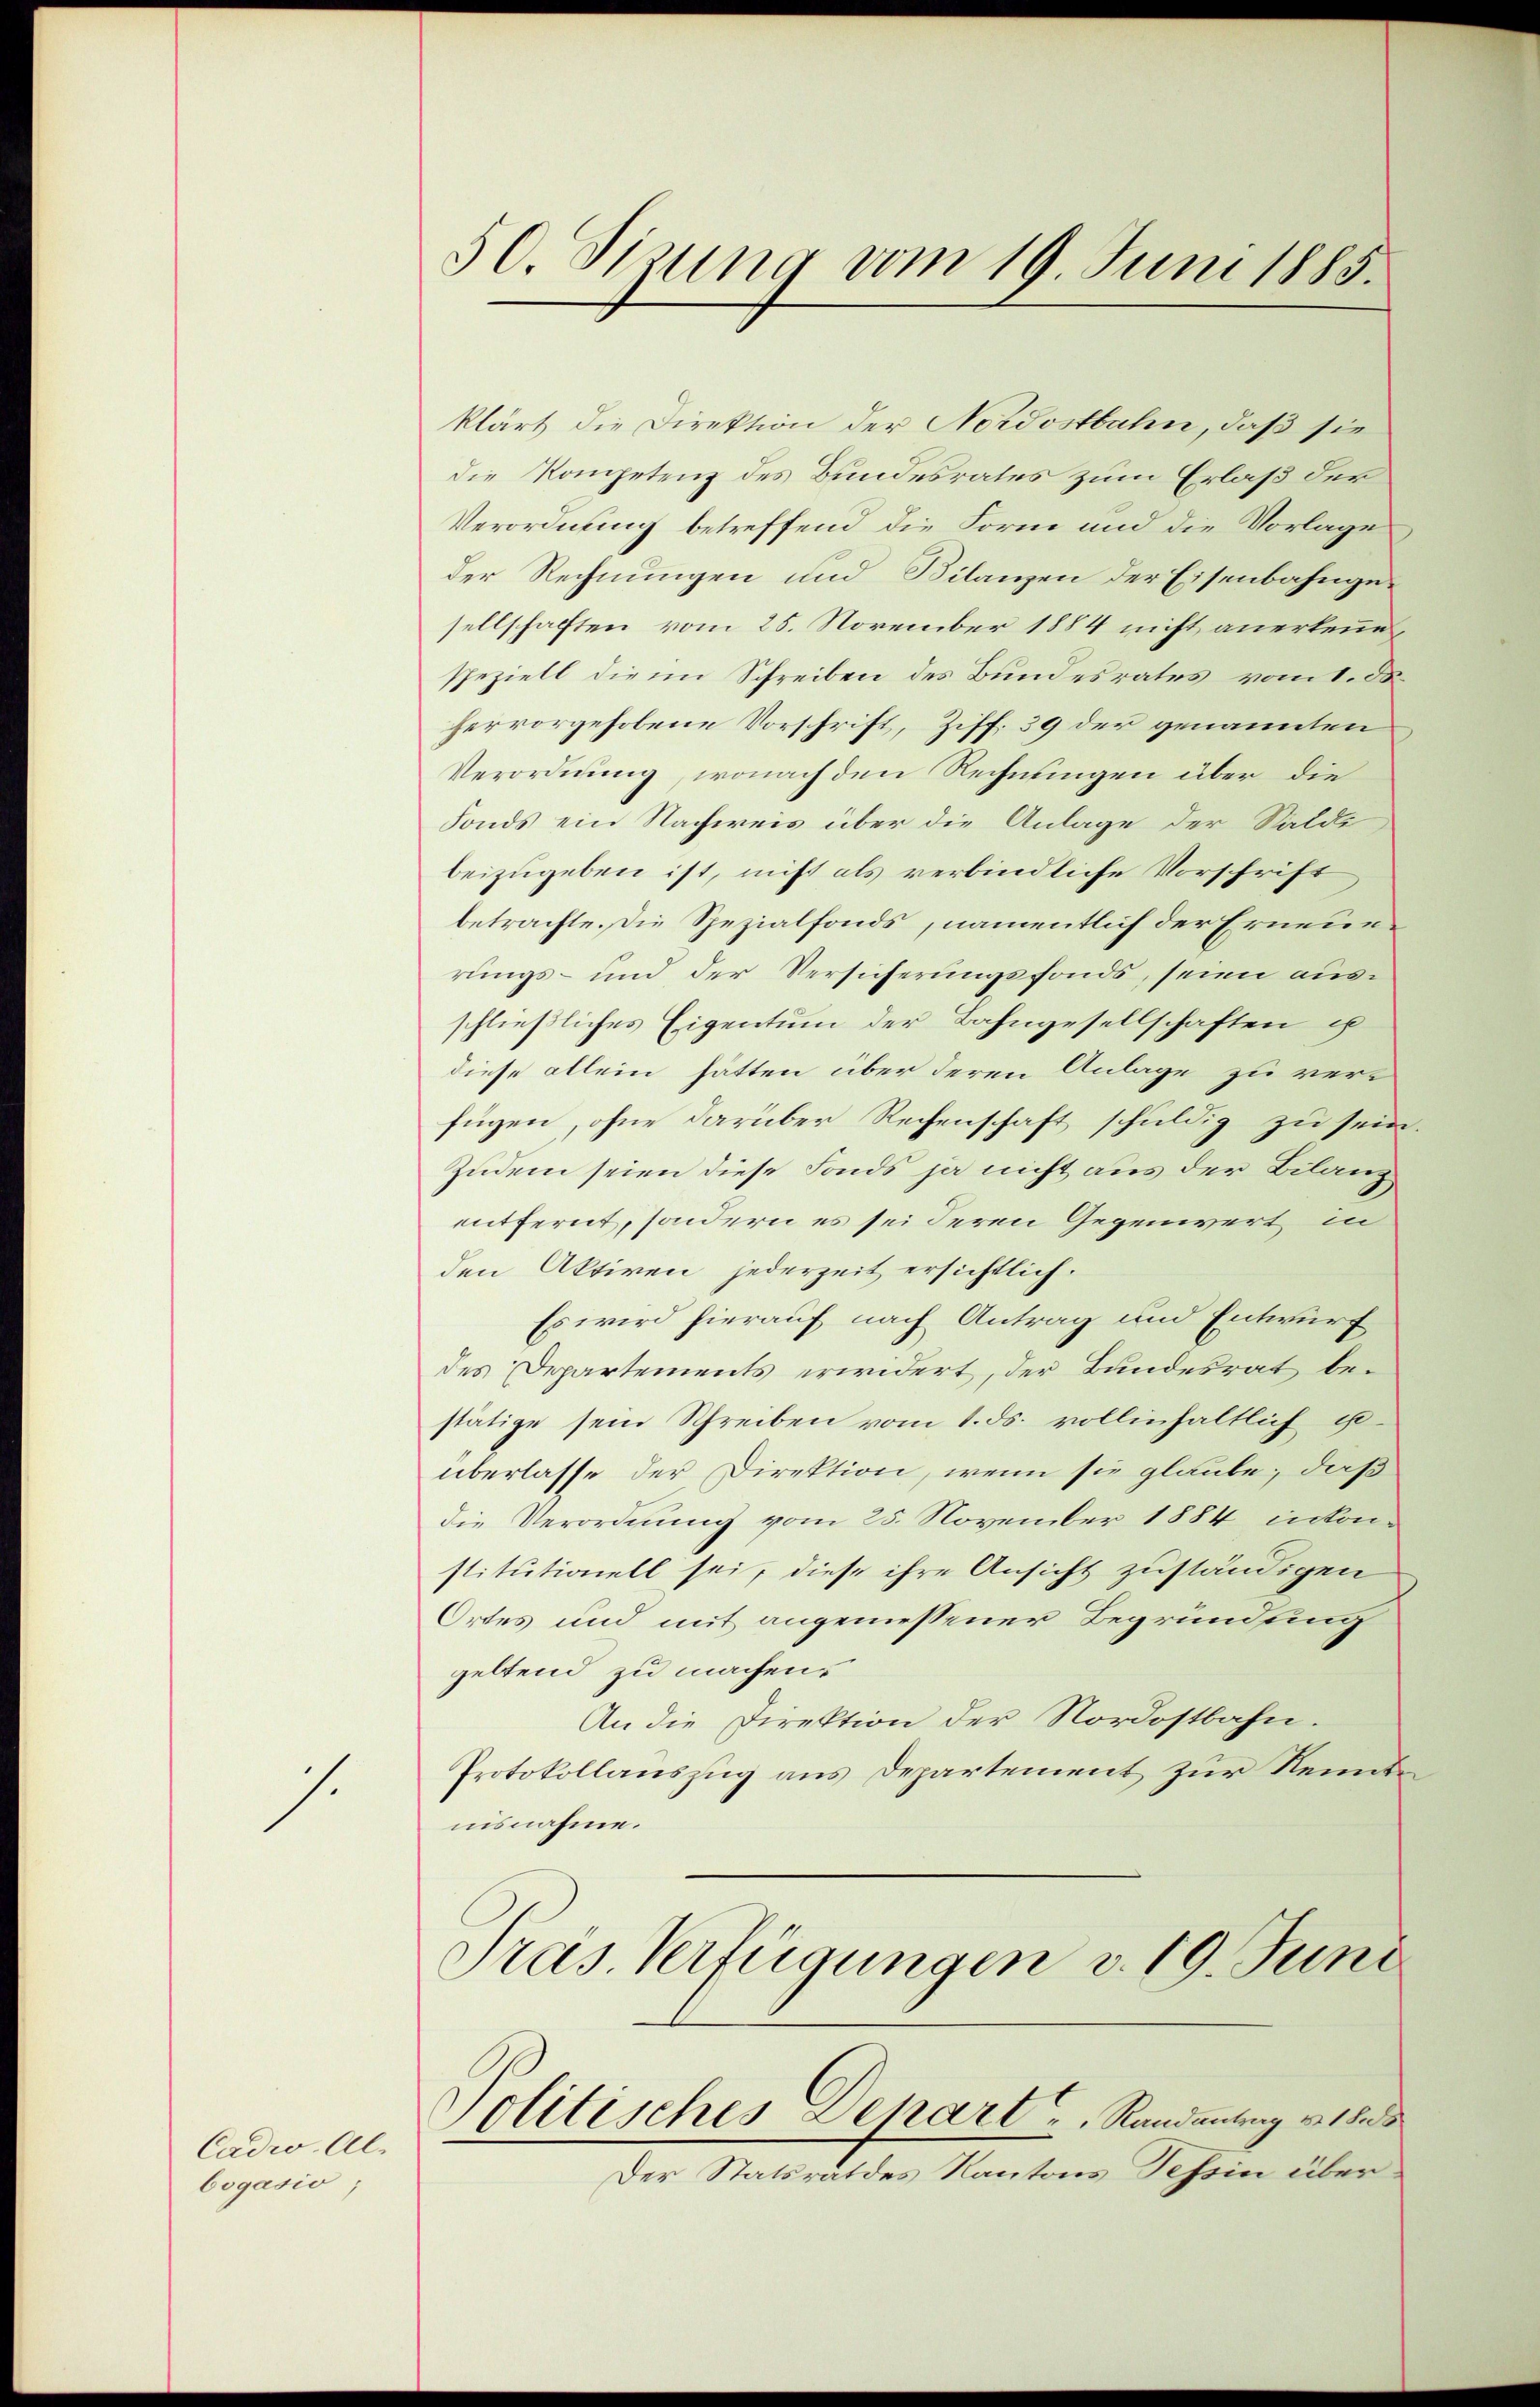
1

Cadr. Al.
bogasio,

50 Sizung vom 19. Juni 1885.

klärt die Direktion der Nordostbahn, daß sie
die Kompetenz des Bundesrates zum Erlaß der
Verordnung betreffend die Form und die Vorlage
der Rechnungen und Bilanzen der Eisenbahngesellschaften vom 25. November 1884 nicht anerkennespeziell die im Schreiben des Bundesrates vom 1. ds.
hervorgehobene Vorschrift, Ziff. 39 der genannten
Verordnung, wonach den Rechnungen über die
Fonds ein Nachweis über die Anlage der Saldli
beizugeben ist, nicht als verbindliche Vorschrift
betrachte. Die Spezialfonds, namentlich der Erneuerungs- und der Versicherungsfonds, seien ausschließliches Eigentum der Bahngesellschaften is
diese allein hätten über deren Anlage zu ver-
fügen, ohne darüber Rechenschaft schuldig zu sein.
Zudem seien diese Fonds ja nicht aus der Bilanz
eitfernt, sondern es sei deren Gegenwert in
den Aktiven jederzeit ersichtlich.
Es wird hierauf nach Antrag und Entwurf
des Departements widert, der Bundesrat bestätige sein Schreiben vom 1. ds. vollinhaltlich u
überlasse der Direktion, wenn sie glaube, daß
die Verordnung vom 25. November 1884 intonstitutionell sei, diese ihre Ansicht zuständigen
Ortes und mit angemessener Begründung
geltend zu machen.
An die Direktion der Nordostbahn.
Protokollauszug aus Departement zur Kenntuisnahme.
Präs. Verfügungen v. 19. Juni

Politisches Depart u. Randantrag v. 188

Der Statsrathes Kantons Tessin über¬